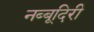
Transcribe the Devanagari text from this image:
नब्‍बूदिरी